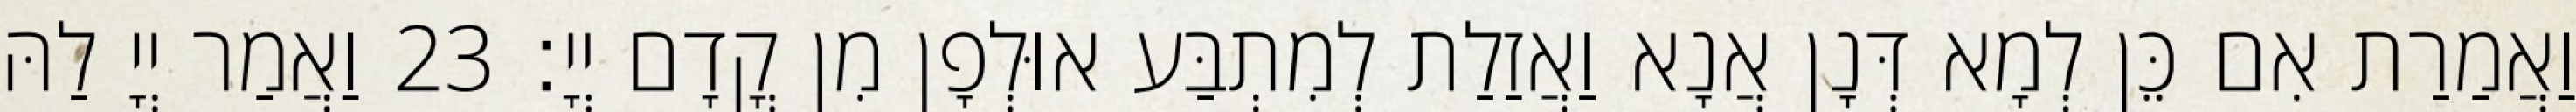
וַאֲמַרַת אִם כֵּן לְמָא דְּנָן אֲנָא וַאֲזַלַת לְמִתְבַּע אוּלְפָן מִן קֳדָם יְיָ׃ 23 וַאֲמַר יְיָ לַהּ